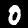
Label: 0